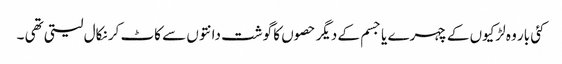
کئی بار وہ لڑکیوں کے چہرے یا جسم کے دیگر حصوں کا گوشت دانتوں سے کاٹ کر نکال لیتی تھی ۔